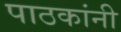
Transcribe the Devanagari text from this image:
पाठकांनी